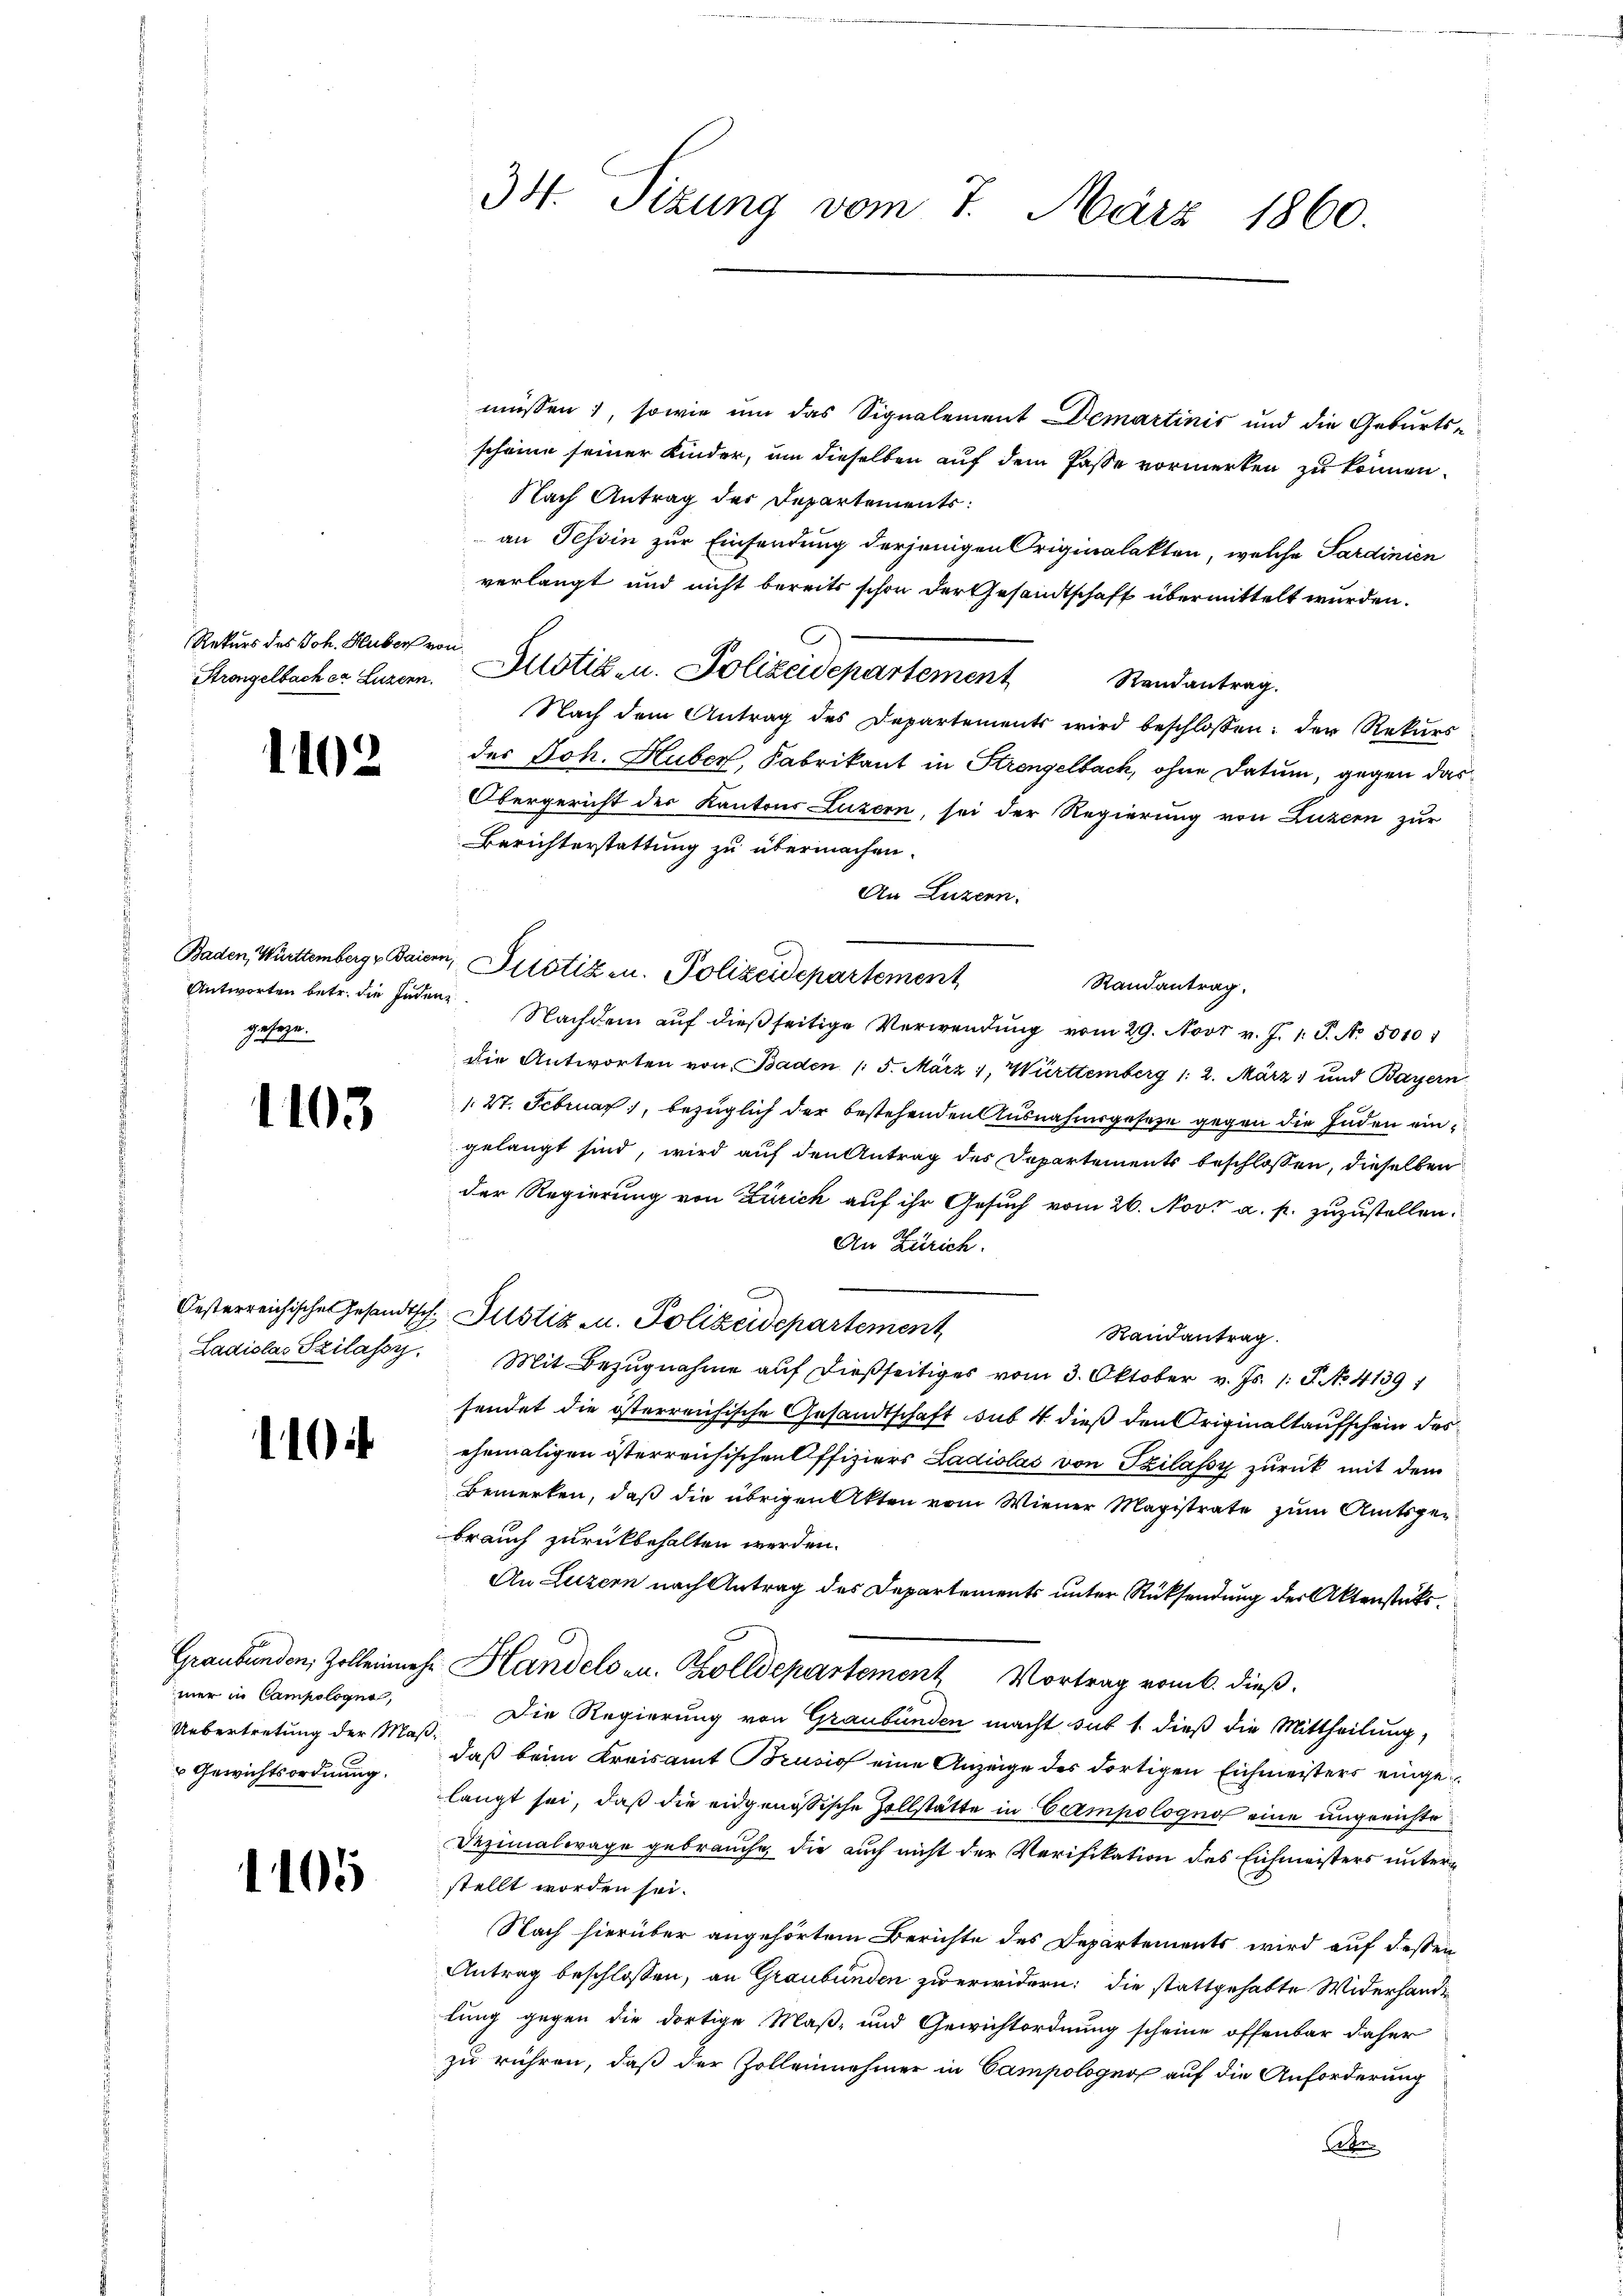
Rekurs des Joh. Huber von

1102

geseze.

1103

110

mer in Campologno,
Uebertretung der Maß¬
 Gewichtsordnung.

1105

34. Sizung vom 7. März 1860.

müssen, sowie um das Signalement Demartinić und die Geburts-
scheine seiner Kinder, um dieselben auf dem Pässe vormerken zu können.
Nach Antrag der Departements:
an Tessin zur Einsendung derjenigen Originalakten, welche Sardinien
verlangt und nicht bereits schon der Gesandtschaft übermittelt wurden.
Strangelbacher Luzern. Sistik u. Polizeidepartement
Randantrag.
Nach dem Antrag des Departements wird beschlossen: der Rekurs
des Joh. Huber, Fabrikant in Strengelbach, ohne Datum, gegen das
Obergericht der Kantons Luzern, sei der Regierung von Luzern zur
Berichterstattung zu übermachen.
Randantrag.
Antworten betr. die Indenz. Nachdem aŭf dieβ seitige Verwendŭng vom 29. Nov. v. J. 1. P. Nr. 50101
die Antworten von Baden / 5. März 1, Württemberg 1. 2. März und Bayern
/27. Februar, bezüglich der bestehenden Ausnahmsgeseze gegen die Enden eingelangt sind, wird auf den Antrag des Departements beschlossen, dieselben
der Regierung von Zürich auf ihr Gesuch vom 26. Nov. a. p. zuzustellen.
An Zürich.
Oesterreichisches Gesandtsch, Justiz u. Polizeidepartement
Randantrag.
Ladislas Szilassy. Mit Bezŭgnahme aŭf dießseitiges vom 3. Oktober v. Js. 1. P. No. 41391
sendet die österreichische Gesandtschaft sub 4 dieß den Originaltaufschein des
ehemaligen österreichischen Offiziers Ladiolas von Szilassy zurück mit dem
Bemerken, daß die übrigen Akten vom Wiener Magistrate zum Amtsgebrauch zurückbehalten werden.
An Luzern nach Antrag des Departements unter Rücksendung der Aktenstüks¬
Graubünden, Zollenmehr Handels u. Zolldepartement Vortrag vom 6. dieß.
Die Regierung von Graubünden macht sub 1. dieß die Mittheilung,
daß beim Kreisamt Brusio eine Anzeige des dortigen Eichmeisters eingelangt sei, daß die eidgenössische Zollstätte in Cermpologno eine ungerichte
Dezimalwage gebrauche, die auch nicht der Verifikation des Eichmeisters unterstellt worden sei.
Nach hierüber angehörtem Berichte des Departements wird auf dessen
Antrag beschlossen, an Graubünden zu erwidern: die stattgehabte Widerhandlung gegen die dortige Maß- und Gewichtordnung scheine offenbar daher
zu rühren, daß der Zolleinehmer in Campologno auf die Anforderung
Ate

Baden, Württemberg, Baiern, Fristik u. Polizeidepartement

An Luzern.